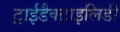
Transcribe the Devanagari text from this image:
ट्राईडैक्टाइलिडी